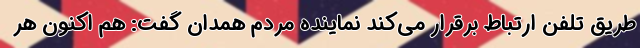
طریق تلفن ارتباط برقرار می‌کند نماینده مردم همدان گفت: هم اکنون هر